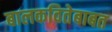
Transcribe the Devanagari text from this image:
बालकवितेबाबत